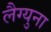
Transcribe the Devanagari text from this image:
लैग्युना